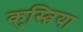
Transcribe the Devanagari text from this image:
कुस्त्रिया